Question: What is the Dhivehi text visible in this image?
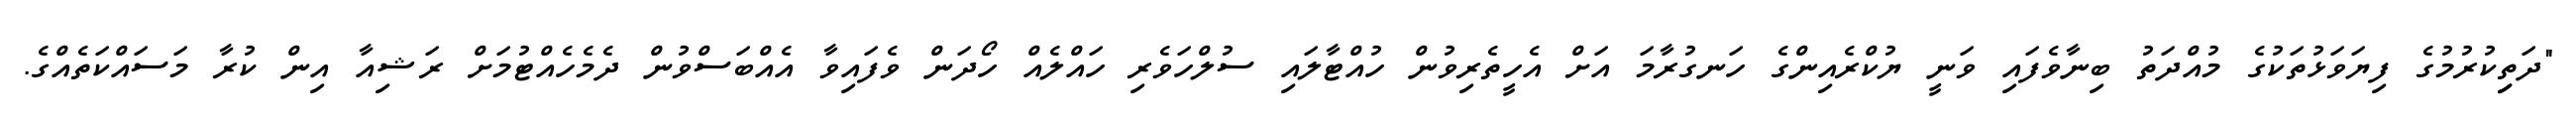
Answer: "ދަތިިކުރުމުގެ ފިޔަވަޅުތަކުގެ މުއްދަތު ބިނާވެފައި ވަނީ ޔުކްރެއިންގެ ހަނގުރާމަ އަށް އެހީތެރިވުން ހުއްޓާލައި ސުލްހަވެރި ހައްލެއް ހޯދަން ވެފައިވާ އެއްބަސްވުން ދެމެހެއްޓުމަށް ރަޝިއާ އިން ކުރާ މަސައްކަތެއްގެ.